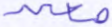
معه